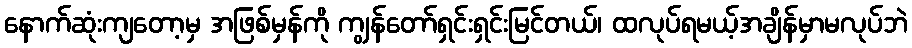
နောက်ဆုံးကျတော့မှ အဖြစ်မှန်ကို ကျွန်တော်ရှင်းရှင်းမြင်တယ်၊ ထလုပ်ရမယ့်အချိန်မှာမလုပ်ဘဲ